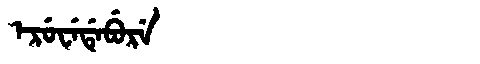
Manchu: ᡝᡵᡠᠸᡝᡩᡝᠪᡠᡵᡝ
Romanization: ERUWEDEBURE